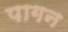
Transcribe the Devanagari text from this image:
पागन